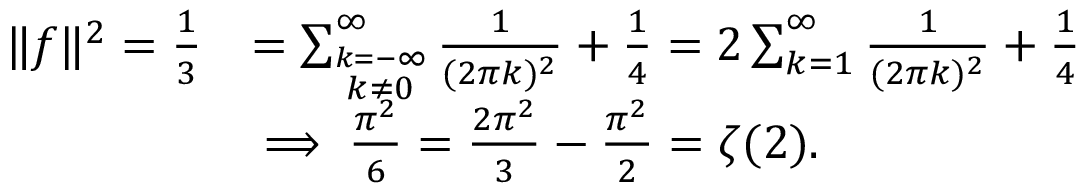
{ \begin{array} { r l } { \| f \| ^ { 2 } = { \frac { 1 } { 3 } } } & { = \sum _ { \stackrel { k = - \infty } { k \neq 0 } } ^ { \infty } { \frac { 1 } { ( 2 \pi k ) ^ { 2 } } } + { \frac { 1 } { 4 } } = 2 \sum _ { k = 1 } ^ { \infty } { \frac { 1 } { ( 2 \pi k ) ^ { 2 } } } + { \frac { 1 } { 4 } } } \\ & { \implies { \frac { \pi ^ { 2 } } { 6 } } = { \frac { 2 \pi ^ { 2 } } { 3 } } - { \frac { \pi ^ { 2 } } { 2 } } = \zeta ( 2 ) . } \end{array} }